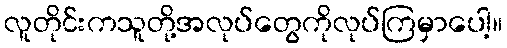
လူတိုင်းကသူတို့အလုပ်တွေကိုလုပ်ကြမှာပေါ့။